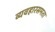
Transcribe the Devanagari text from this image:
व्यवहारसमता